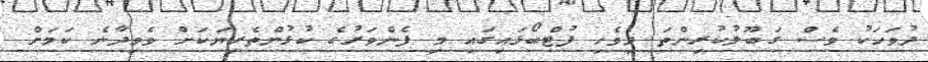
ދުވަހަކު ވެސް ގަބޫލުކުރިންތަ ދިވެހި ފުޓްބޯޅައިގައި މި ފެންވަރުގެ ކުޅުންތެރިޔަކަށް ވެވިދާނެ ކަމަށް